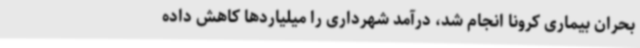
بحران بیماری کرونا انجام شد، درآمد شهرداری را میلیاردها کاهش داده